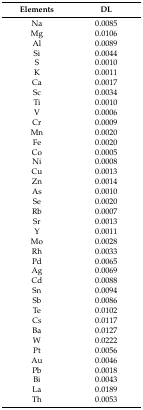
| Elements | DL |
 | --- | --- |
 | Na | 0.0085 |
 | Mg | 0.0106 |
 | Al | 0.0089 |
 | Si | 0.0044 |
 | S | 0.0010 |
 | K | 0.0011 |
 | Ca | 0.0017 |
 | Sc | 0.0034 |
 | Ti | 0.0010 |
 | V | 0.0006 |
 | Cr | 0.0009 |
 | Mn | 0.0020 |
 | Fe | 0.0020 |
 | Co | 0.0005 |
 | Ni | 0.0008 |
 | Cu | 0.0013 |
 | Zn | 0.0014 |
 | As | 0.0010 |
 | Se | 0.0020 |
 | Rb | 0.0007 |
 | Sr | 0.0013 |
 | Y | 0.0011 |
 | Mo | 0.0028 |
 | Rh | 0.0033 |
 | Pd | 0.0065 |
 | Ag | 0.0069 |
 | Cd | 0.0088 |
 | Sn | 0.0094 |
 | Sb | 0.0086 |
 | Te | 0.0102 |
 | Cs | 0.0117 |
 | Ba | 0.0127 |
 | W | 0.0222 |
 | Pt | 0.0056 |
 | Au | 0.0046 |
 | Pb | 0.0018 |
 | Bi | 0.0043 |
 | La | 0.0189 |
 | Th | 0.0053 |